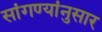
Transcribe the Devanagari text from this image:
सांगण्यांनुसार